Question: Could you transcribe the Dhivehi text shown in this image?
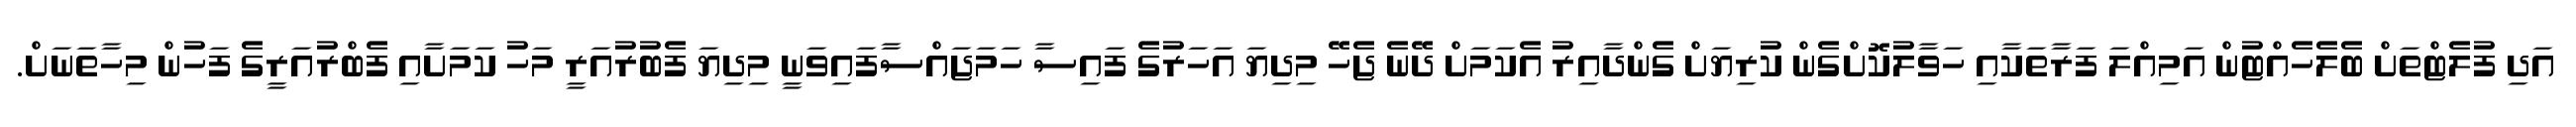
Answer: އަދި ފުލެޓްތަށް ބެލެހެއްޓުން އަމިއްލަ ފަރާތަކާއި ހަވާލުކޮށްގެން ކުރިޔަށް ގެންދާއިރު އެކަމަށް ދޭނެ ޖެހޭ މިދިޔަ އަހަރުގެ ފައިސާ ހަމަޖައްސާފައިވަނީ މިދިޔަ ފެބުރުއަރީ މަހު ކަމަށާއި ފެބްރުއަރީގެ ފަހުން މިހާތަނަށް.